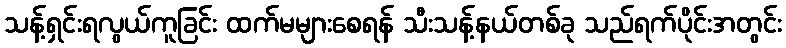
သန့်ရှင်းရလွယ်ကူခြင်း ထက်မများစေရန် သီးသန့်နယ်တစ်ခု သည်ရက်ပိုင်းအတွင်း